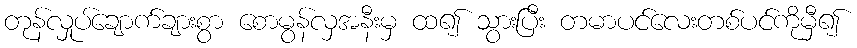
တုန်လှုပ်ချောက်ချားစွာ စောမွန်လှအနီးမှ ထ၍ သွားပြီး တမာပင်လေးတစ်ပင်ကိုမှီ၍